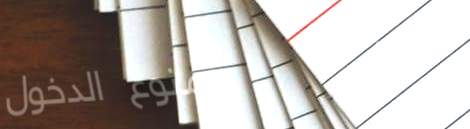
ممنوع الدخول